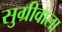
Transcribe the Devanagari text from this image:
सुग्रीवाला